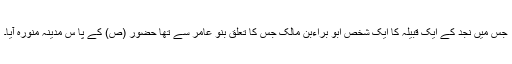
جس میں نجد کے ایک قبیلہ کا ایک شخص ابو براءبن مالک جس کا تعلق بنو عامر سے تھا حضور (ص) کے پا س مدینہ منورہ آیا۔